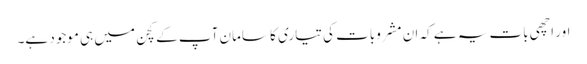
اور اچھی بات یہ ہے کہ ان مشروبات کی تیاری کا سامان آپ کے کچن میں ہی موجود ہے۔